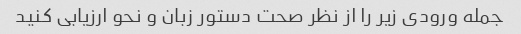
جمله ورودی زیر را از نظر صحت دستور زبان و نحو ارزیابی کنید